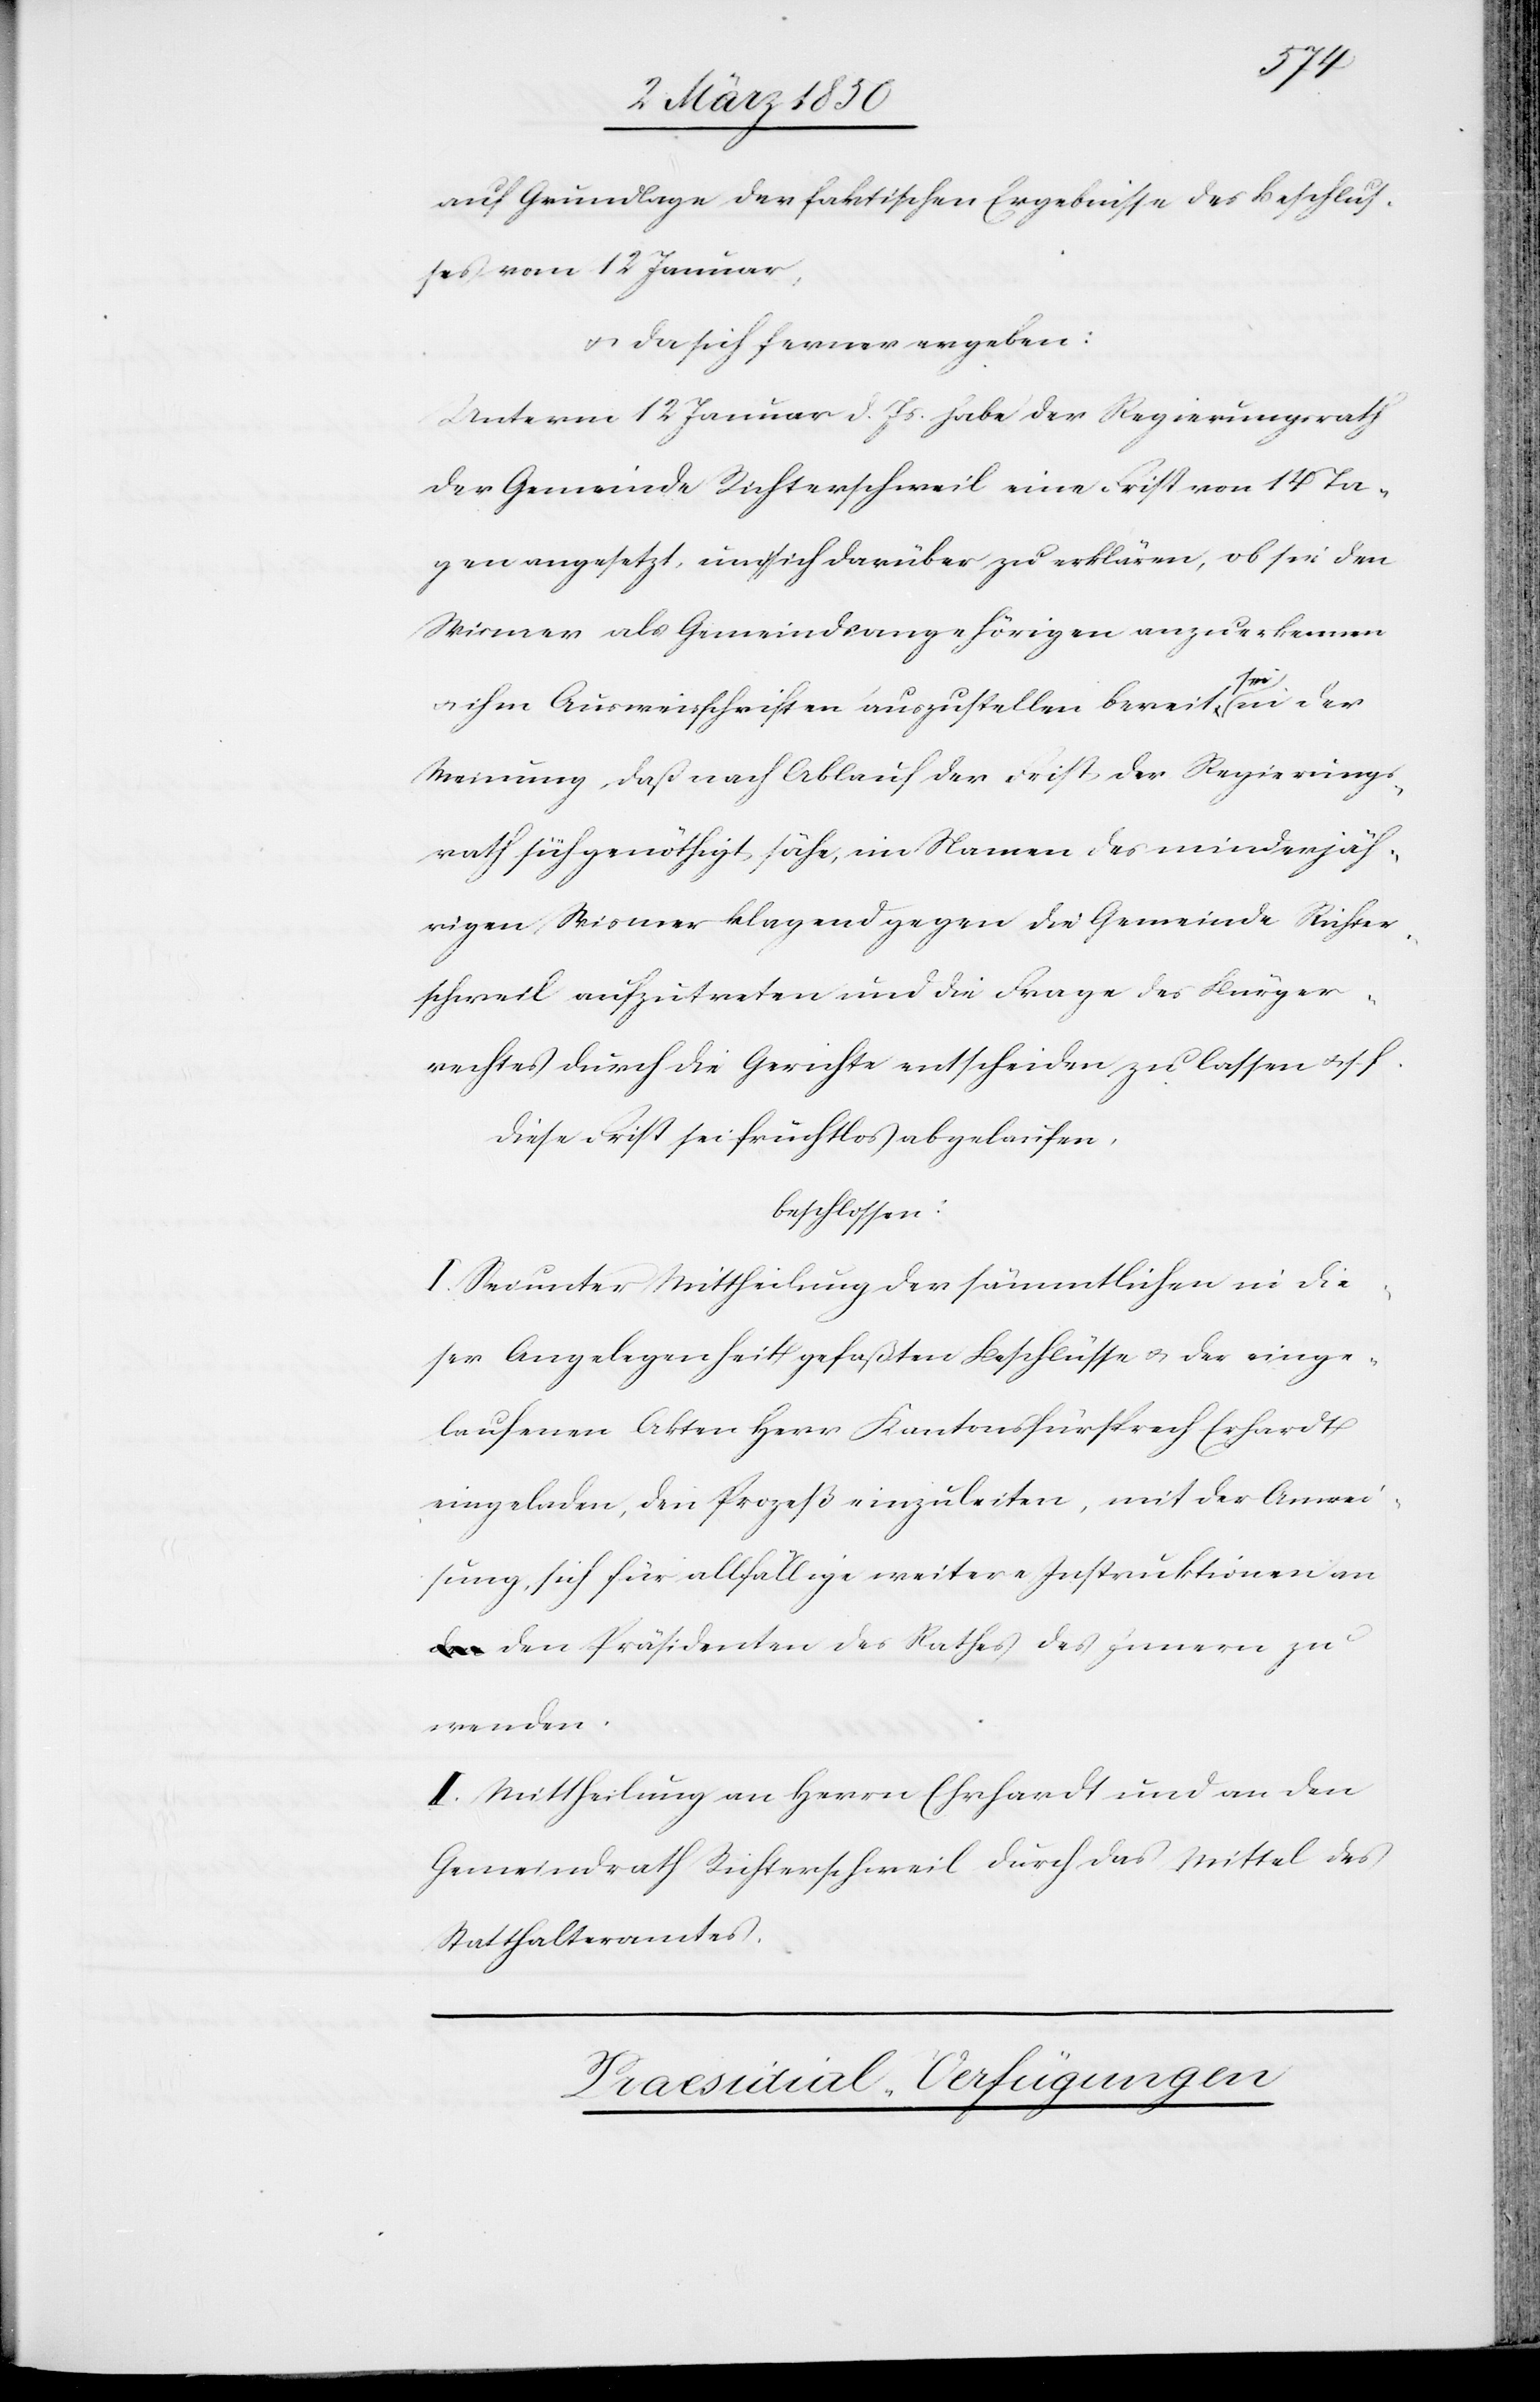
auf Grundlage der faktischen Ergebnisse des Beschlus¬
ses vom 12 Januar,
u. da sich ferner ergeben:
Unterm 12 Januar d. Js. habe der Regierungsrath
der Gemeinde Richterschweil eine Frist von 14 Ta¬
gen angesetzt, um sich darüber zu erklären, ob sie den
Wismer als Gemeindsangehörigen anzuerkennen
u. ihm Ausweisschriften auszustellen bereit sei, in der
Meinung, daß nach Ablauf der Frist der Regierungs¬
rath sich genöthigt sähe, im Namen des minderjäh¬
rigen Wismer klagend gegen die Gemeinde Richter¬
schweil aufzutreten und die Frage des Bürger¬
rechtes durch die Gerichte entscheiden zu lassen u. s. f.
Diese Frist sei fruchtlos abgelaufen,
beschlossen:
I. Sei unter Mittheilung der sämmtlichen in die¬
ser Angelegenheit gefaßten Beschlüsse u. der einge¬
laufenen Akten Herr Kantonsfürsprech Erhardt
eingeladen, den Prozeß einzuleiten, mit der Anwei¬
sung, sich für allfällige weitere Instruktionen a¬
n den Präsidenten des Rathes des Innern zu
wenden.
II. Mittheilung an Herrn Ehrhardt und an den
Gemeindrath Richterschweil durch das Mittel des
Statthalteramtes.